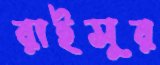
রাইসুর